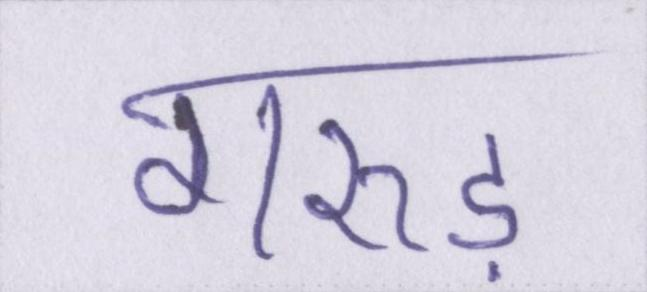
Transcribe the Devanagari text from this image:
गरुड़